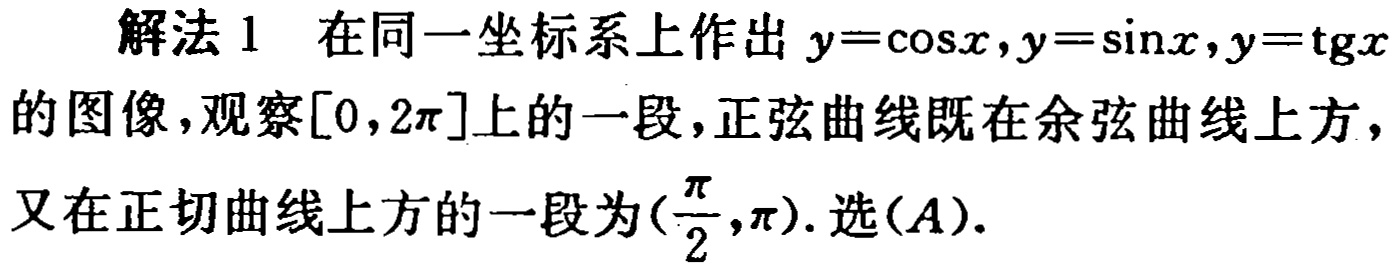
解法 1 在同一坐标系上作出 \(y = \cos x,y = \sin x,y = \operatorname{tg}x\)的图像，观察\([0,2\pi]\)上的一段，正弦曲线既在余弦曲线上方，又在正切曲线上方的一段为\((\frac{\pi}{2},\pi)\). 选\((A)\).